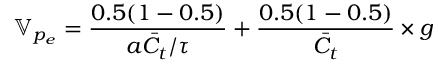
\mathbb { V } _ { p _ { e } } = \frac { 0 . 5 ( 1 - 0 . 5 ) } { a \bar { C _ { t } } / \tau } + \frac { 0 . 5 ( 1 - 0 . 5 ) } { \bar { C _ { t } } } \times g